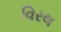
વિરલ